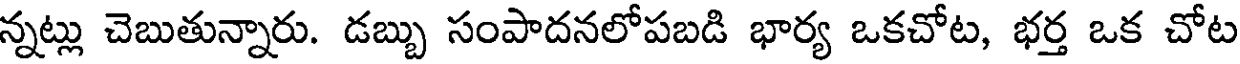
న్నట్లు చెబుతున్నారు. డబ్బు సంపాదనలోపబడి భార్య ఒకచోట, భర్త ఒక చోట